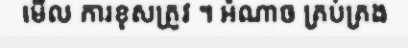
មើល ការខុសត្រូវ ។ អំណាច គ្រប់គ្រង